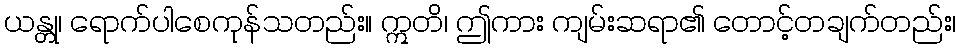
ယန္တု၊ ရောက်ပါစေကုန်သတည်း။ ဣတိ၊ ဤကား ကျမ်းဆရာ၏ တောင့်တချက်တည်း၊